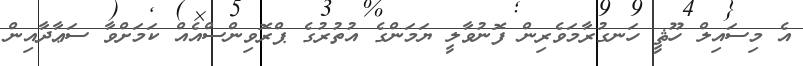
އެ މިސައިލް ހޫޘީ ހަނގުރާމަވެރިން ފޮނުވާލީ ޔަމަންގެ އުތުރުގެ ޕްރޮވިންސްއެއް ކަމަށްވާ ސަޢާދާއިން